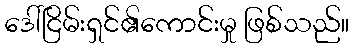
ဒေါ်ငြိမ်းရှင်၏ကောင်းမှု ဖြစ်သည်။